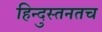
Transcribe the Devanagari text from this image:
हिन्दुस्तनतच